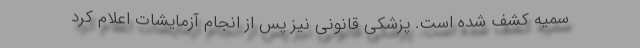
سمیه کشف شده است. پزشکی قانونی نیز پس از انجام آزمایشات اعلام کرد